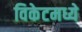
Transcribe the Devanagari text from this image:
विकेटमध्ये